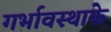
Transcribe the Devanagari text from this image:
गर्भावस्थाके